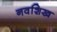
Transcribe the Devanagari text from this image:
नवशिख